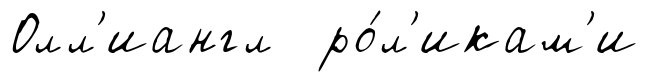
Олл'иангл ро́л'икам'и